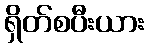
ရှိတ်စပီးယား